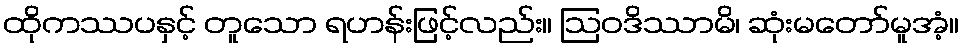
ထိုကဿပနှင့် တူသော ရဟန်းဖြင့်လည်း။ ဩဝဒိဿာမိ၊ ဆုံးမတော်မူအံ့။